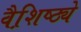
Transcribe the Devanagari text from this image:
वैशि़ष्ठ्ये